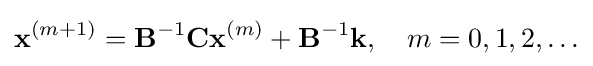
\mathbf {x} ^{(m+1)}=\mathbf {B} ^{-1}\mathbf {C} \mathbf {x} ^{(m)}+\mathbf {B} ^{-1}\mathbf {k} ,\quad m=0,1,2,\ldots